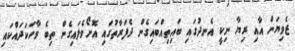
ޒެވިޔަން އާއި ރިޔާ ނިކީ އެނދުގައި ބައިތިއްބައިގެން ދެފަރާތުގައި އޮށޯވެލައިގެން ތިބެ ވާހަކަދައްކައި